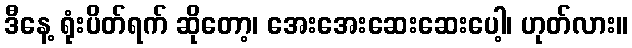
ဒီနေ့ ရုံးပိတ်ရက် ဆိုတော့၊ အေးအေးဆေးဆေးပေါ့၊ ဟုတ်လား။